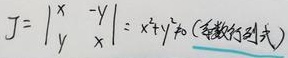
\(J=\begin{vmatrix}x& -y\\y& x\end{vmatrix}=x^{2}+y^{2}\)（雅各比行列式）